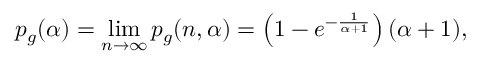
p _ { g } ( \alpha ) = \operatorname* { l i m } _ { n \to \infty } p _ { g } ( n , \alpha ) = \left( 1 - e ^ { - \frac { 1 } { \alpha + 1 } } \right) ( \alpha + 1 ) ,